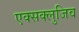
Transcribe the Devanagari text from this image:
एक्सक्लुजिव